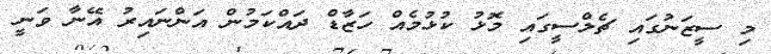
މި ސީޒަނުގައި ޗެލްސީގައި މޮޅު ކުޅުމެއް ހަޒާޑް ދައްކަމުން އަންނައިރު އޭނާ ވަނީ